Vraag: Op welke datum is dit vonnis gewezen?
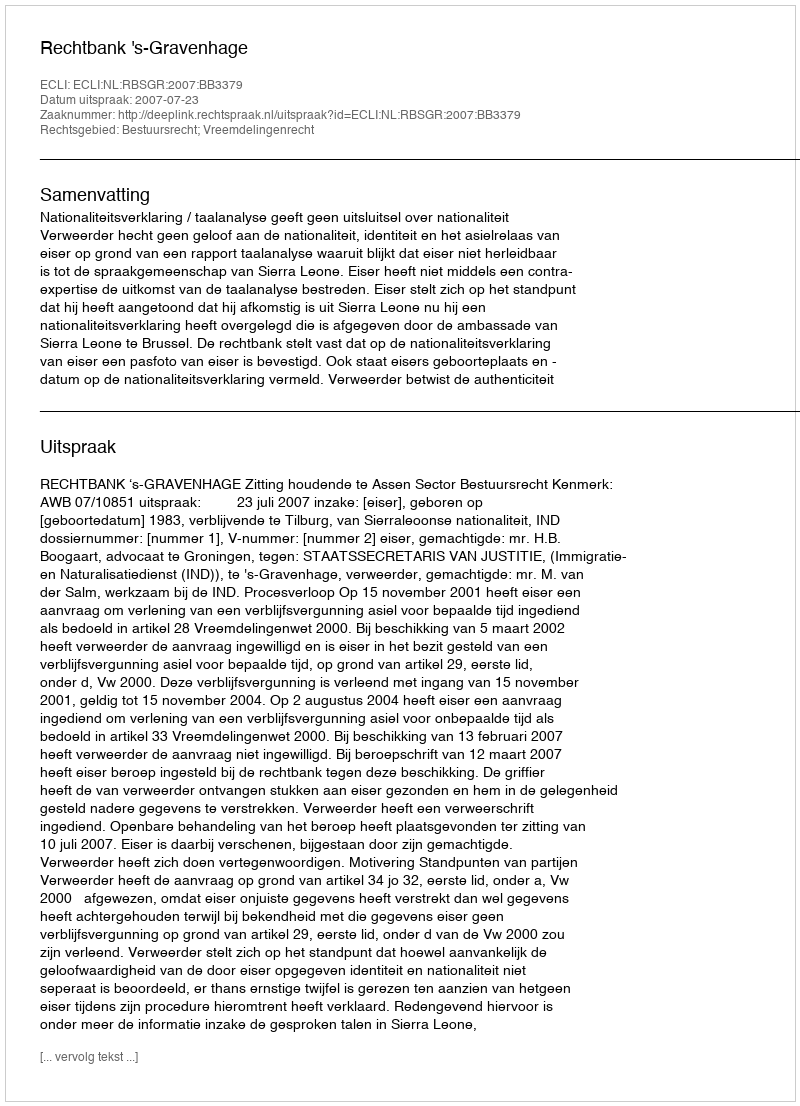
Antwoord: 2007-07-23